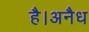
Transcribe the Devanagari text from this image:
है।अनैध